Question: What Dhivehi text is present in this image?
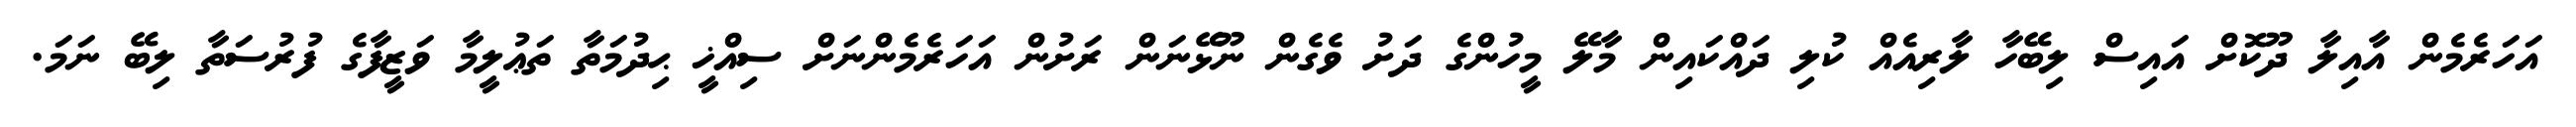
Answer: އަހަރެމެން އާއިލާ ދޫކޮށް އައިސް ލިބޭހާ ލާރިއެއް ކުލި ދައްކައިން މާލޭ މީހުންގެ ދަށު ވެގެން ނޫޅޭނަން ރަށުން އަހަރެމެންނަށް ސިއްޚީ ޙިދުމަތާ ތަޢުލީމާ ވަޒީފާގެ ފުރުސަތާ ލިބޭ ނަމަ.